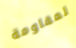
لمقاومة